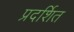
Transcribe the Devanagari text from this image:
प्रदर्शित